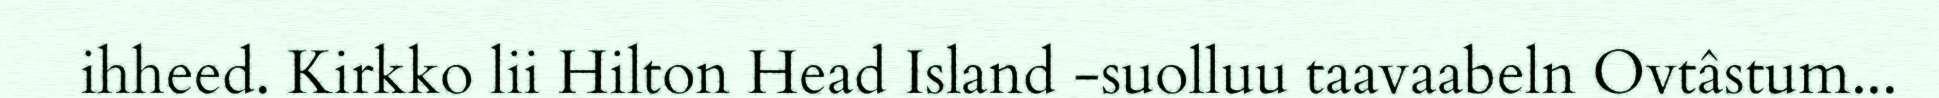
ihheed. Kirkko lii Hilton Head Island -suolluu taavaabeln Ovtâstum...